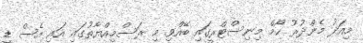
މިއަދު މެންދުރު ހޯމް މިނިސްޓްރީގައި ބޭއްވި މި ރަސްމިއްޔާތުގައި އައި އެސް ޑީ